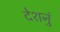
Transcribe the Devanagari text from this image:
देशनुं